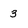
Character: 3